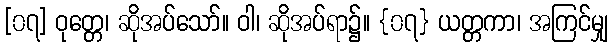
[၀၇] ဝုတ္တေ၊ ဆိုအပ်သော်။ ဝါ၊ ဆိုအပ်ရာ၌။ {၀၇} ယတ္တကာ၊ အကြင်မျှ